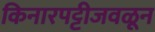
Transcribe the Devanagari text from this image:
किनारपट्टीजवळून